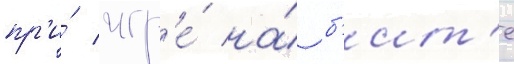
пр'и́ игр'е́ на́ б'ит'е